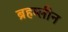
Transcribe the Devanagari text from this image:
ब्रहम्लीन